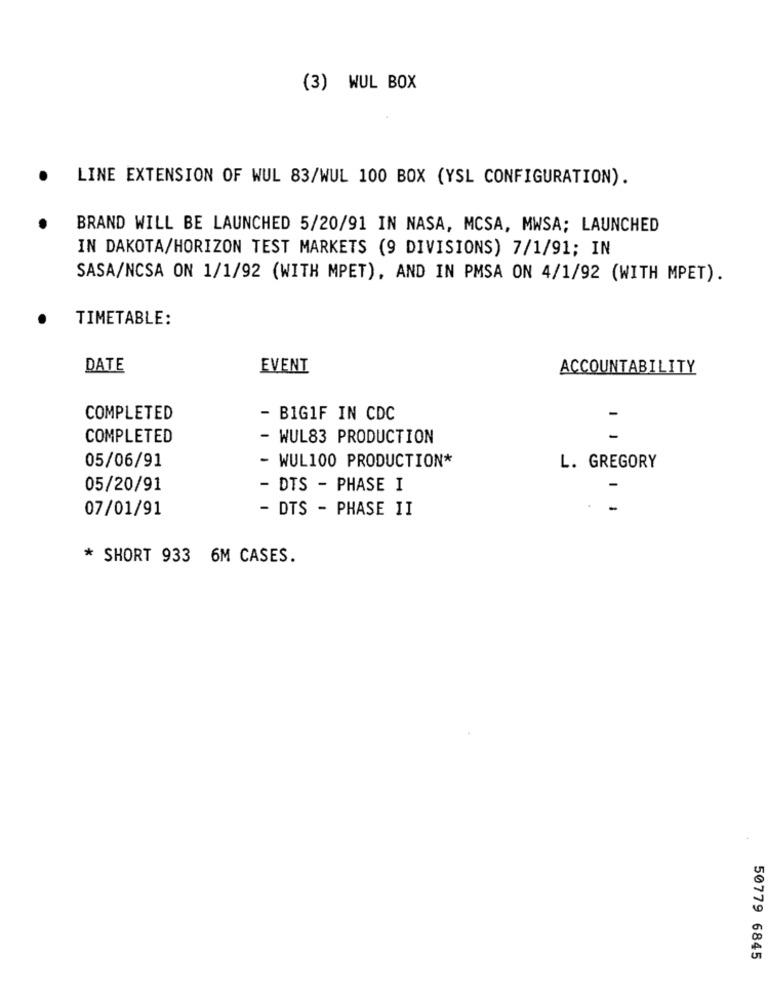
(3) WUL BOX
LINE EXTENSION OF WUL 83/WUL 100 BOX (YSL CONFIGURATION).
BRAND WILL BE LAUNCHED 5/20/91 IN NASA, MCSA, MWSA; LAUNCHED
IN DAKOTA/HORIZON TEST MARKETS (9 DIVISIONS) 7/1/91; IN
SASA/NCSA ON 1/1/92 (WITH MPET), AND IN PMSA ON 4/1/92 (WITH MPET).
TIMETABLE:
DATE
EVENT
ACCOUNTABILITY
COMPLETED
- BIG1F IN CDC
-
COMPLETED
- WUL83 PRODUCTION
05/06/91
- WUL100 PRODUCTION*
L. GREGORY
05/20/91
- DTS - PHASE I
07/01/91
- DTS - PHASE II
* SHORT 933 6M CASES.
50779 6845